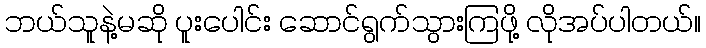
ဘယ်သူနဲ့မဆို ပူးပေါင်း ဆောင်ရွက်သွားကြဖို့ လိုအပ်ပါတယ်။